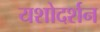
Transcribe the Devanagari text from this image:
यशोदर्शन